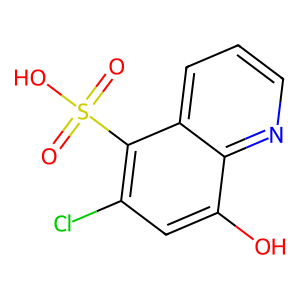
SMILES: O=S(=O)(O)c1c(Cl)cc(O)c2ncccc12
Inhibits HIV replication: No